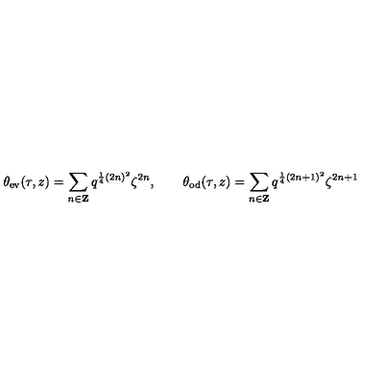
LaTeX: \theta _ { \mathrm { e v } } ( \tau , z ) = \sum _ { n \in { \bf Z } } q ^ { \frac { 1 } { 4 } ( 2 n ) ^ { 2 } } \zeta ^ { 2 n } , \qquad \theta _ { \mathrm { o d } } ( \tau , z ) = \sum _ { n \in { \bf Z } } q ^ { \frac { 1 } { 4 } ( 2 n + 1 ) ^ { 2 } } \zeta ^ { 2 n + 1 }